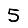
Digit: 5